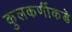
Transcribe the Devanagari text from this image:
कुलकर्णीकडे